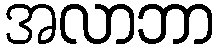
အလာဘာ